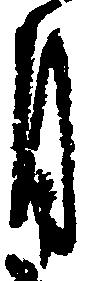
月